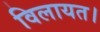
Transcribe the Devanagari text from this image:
विलायत।